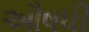
ઔષધી